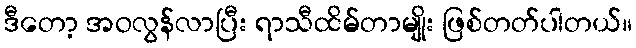
ဒီတော့ အဝလွန်လာပြီး ရာသီထိမ်တာမျိုး ဖြစ်တတ်ပါတယ်။